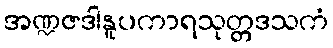
အဏ္ဍဇဒါနူပကာရသုတ္တဒသကံ